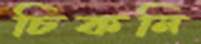
চিকনি